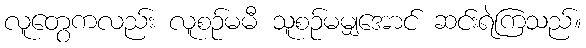
လူတွေကလည်း လူစဉ်မမီ သူစဉ်မမျှအောင် ဆင်းရဲကြသည်။